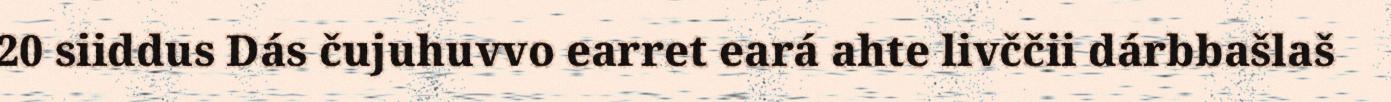
20 siiddus Dás čujuhuvvo earret eará ahte livččii dárbbašlaš